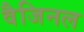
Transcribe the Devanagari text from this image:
वैजिनल